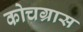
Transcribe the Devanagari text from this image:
कोचग्रास